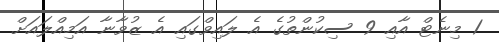
1 މިނެޓް އާއި 9 ސިކުންތުގެ އެ ލައިވްގައި އެ ޒުވާނާ އަމިއްލައަށް